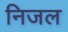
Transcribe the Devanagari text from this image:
निजल